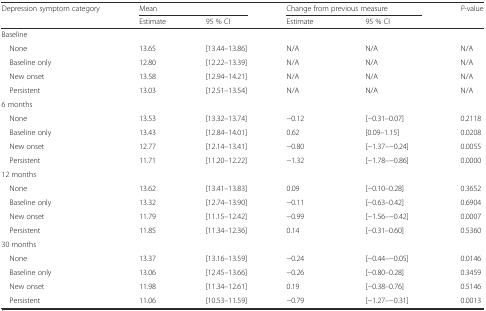
| <ROWSPAN=2> Depression symptom category | <COLSPAN=2> Mean | <COLSPAN=2> Change from previous measure | <ROWSPAN=2> P-value |
 | Estimate | 95 % CI | Estimate | 95 % CI |
 | --- | --- | --- | --- | --- | --- |
 | <COLSPAN=6> Baseline |
 | None | 13.65 | [13.44–13.86] | N/A | N/A | N/A |
 | Baseline only | 12.80 | [12.22–13.39] | N/A | N/A | N/A |
 | New onset | 13.58 | [12.94–14.21] | N/A | N/A | N/A |
 | Persistent | 13.03 | [12.51–13.54] | N/A | N/A | N/A |
 | <COLSPAN=6> 6 months |
 | None | 13.53 | [13.32–13.74] | −0.12 | [−0.31–0.07] | 0.2118 |
 | Baseline only | 13.43 | [12.84–14.01] | 0.62 | [0.09–1.15] | 0.0208 |
 | New onset | 12.77 | [12.14–13.41] | −0.80 | [−1.37–−0.24] | 0.0055 |
 | Persistent | 11.71 | [11.20–12.22] | −1.32 | [−1.78–−0.86] | 0.0000 |
 | <COLSPAN=6> 12 months |
 | None | 13.62 | [13.41–13.83] | 0.09 | [−0.10–0.28] | 0.3652 |
 | Baseline only | 13.32 | [12.74–13.90] | −0.11 | [−0.63–0.42] | 0.6904 |
 | New onset | 11.79 | [11.15–12.42] | −0.99 | [−1.56–−0.42] | 0.0007 |
 | Persistent | 11.85 | [11.34–12.36] | 0.14 | [−0.31–0.60] | 0.5360 |
 | <COLSPAN=6> 30 months |
 | None | 13.37 | [13.16–13.59] | −0.24 | [−0.44–−0.05] | 0.0146 |
 | Baseline only | 13.06 | [12.45–13.66] | −0.26 | [−0.80–0.28] | 0.3459 |
 | New onset | 11.98 | [11.34–12.61] | 0.19 | [−0.38–0.76] | 0.5146 |
 | Persistent | 11.06 | [10.53–11.59] | −0.79 | [−1.27–−0.31] | 0.0013 |